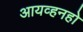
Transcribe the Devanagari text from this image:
आयव्हनहो